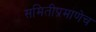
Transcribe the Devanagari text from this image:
समितीप्रमाणेच